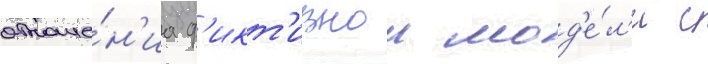
отноше́н'иа ф'икт'ивнои мод'е́л'и с